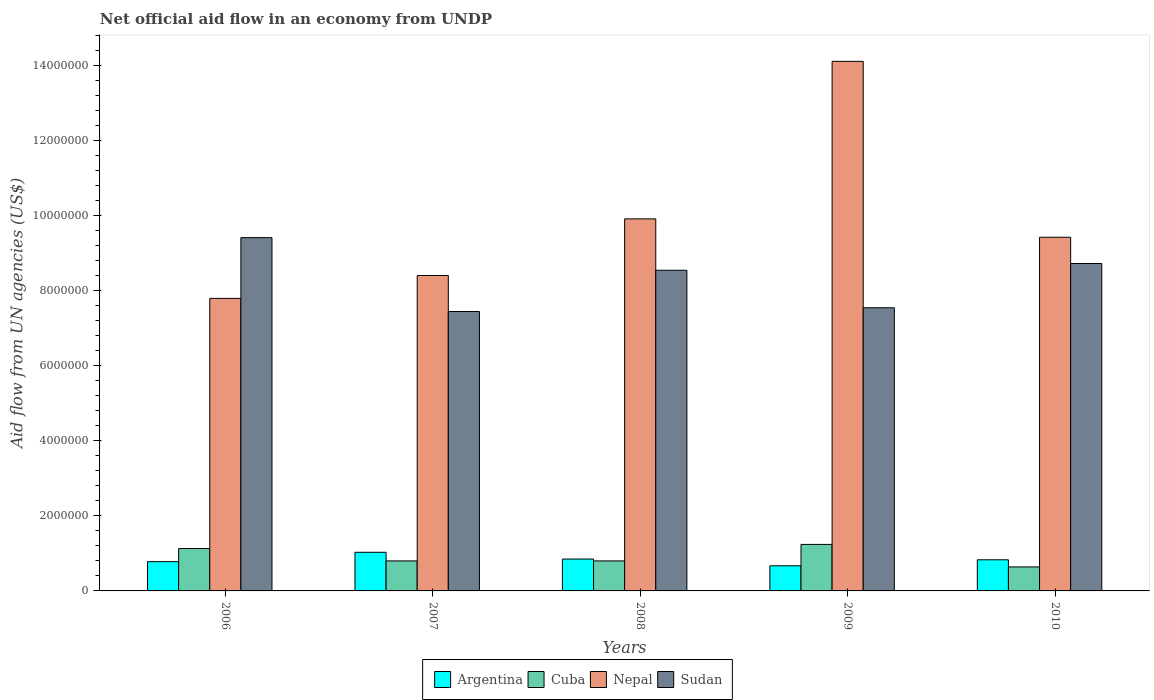
| Years | Argentina | Cuba | Nepal | Sudan |
 | --- | --- | --- | --- | --- |
 | 2006 | 7.8e+05 | 1.13e+06 | 7.8e+06 | 9.42e+06 |
 | 2007 | 1.03e+06 | 8e+05 | 8.41e+06 | 7.45e+06 |
 | 2008 | 8.5e+05 | 8e+05 | 9.92e+06 | 8.55e+06 |
 | 2009 | 6.7e+05 | 1.24e+06 | 1.41e+07 | 7.55e+06 |
 | 2010 | 8.3e+05 | 6.4e+05 | 9.43e+06 | 8.73e+06 |